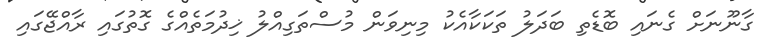
ގާނޫނަށް ގެނައި ބޮޑެތި ބަދަލު ތަކަކާއެކު މިނިވަން މުސްތަގިއްލު ޚިދުމަތެއްގެ ގޮތުގައި ރާއްޖޭގައި